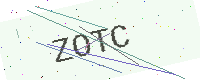
Text: ZOTC